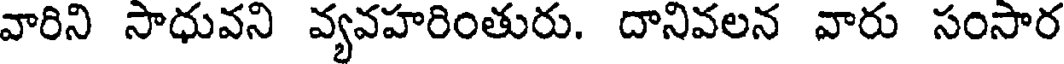
వారిని సాధువని వ్యవహరింతురు. దానివలన వారు సంసార